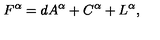
F ^ { \alpha } = d A ^ { \alpha } + C ^ { \alpha } + L ^ { \alpha } ,